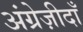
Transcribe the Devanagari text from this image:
अंग्रेज़ीदाँ